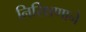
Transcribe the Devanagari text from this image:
निरिक्षणाने